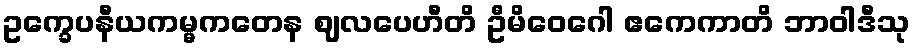
ဥက္ခေပနီယကမ္မကတေန ဈလပေဟီတိ ဦမိဝေဂေါ ဧကေကာတိ ဘာဝါဒီသု